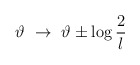
\begin{align*}\vartheta \, \, \rightarrow \, \, \vartheta \pm \log \frac{2}{l}\end{align*}